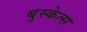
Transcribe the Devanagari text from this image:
बुस्केत्स